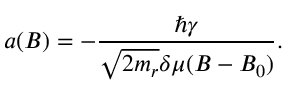
a ( B ) = - \frac { \hbar \gamma } { \sqrt { 2 m _ { r } } \delta \mu ( B - B _ { 0 } ) } .